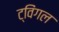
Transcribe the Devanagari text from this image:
ट्विंगल